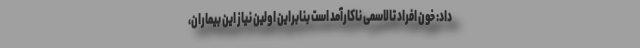
داد: خون افراد تالاسمی ناکارآمد است بنابراین اولین نیاز این بیماران،